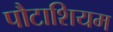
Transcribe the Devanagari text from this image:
पौटाशियम